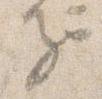
子